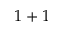
1 + 1